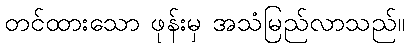
တင်ထားသော ဖုန်းမှ အသံမြည်လာသည်။